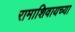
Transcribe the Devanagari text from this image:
रामाशिवायच्या